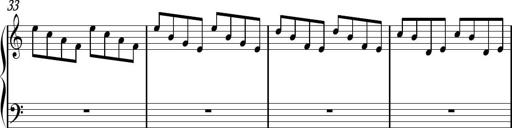
Title: Sonhatina
Composer: Davi Rocha
Key: C major